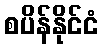
စပိန်နိုင်ငံ